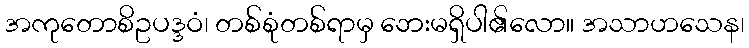
အကုတောစိဥပဒ္ဒဝံ၊ တစ်စုံတစ်ရာမှ ဘေးမရှိပါ၏လော။ အသာဟသေန၊